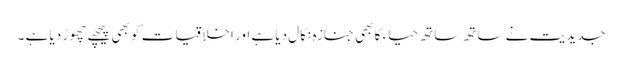
جدیدیت نے ساتھ ساتھ حیاء کا بھی جنازہ نکال دیا ہے اور اخلاقیات کو بھی پیچھے چھوڑ دیا ہے ۔